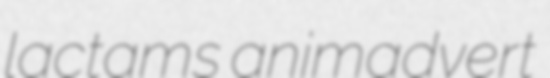
lactams animadvert